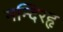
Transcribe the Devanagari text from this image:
मन्दिरहृ